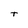
Character: t